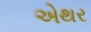
એથર